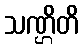
သဏ္ဌိတိ